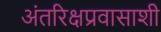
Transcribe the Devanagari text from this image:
अंतरिक्षप्रवासाशी